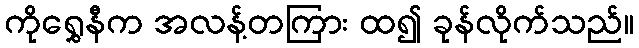
ကိုရွှေနီက အလန့်တကြား ထ၍ ခုန်လိုက်သည်။